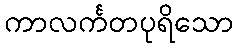
ကာလင်္ကတပုရိသော